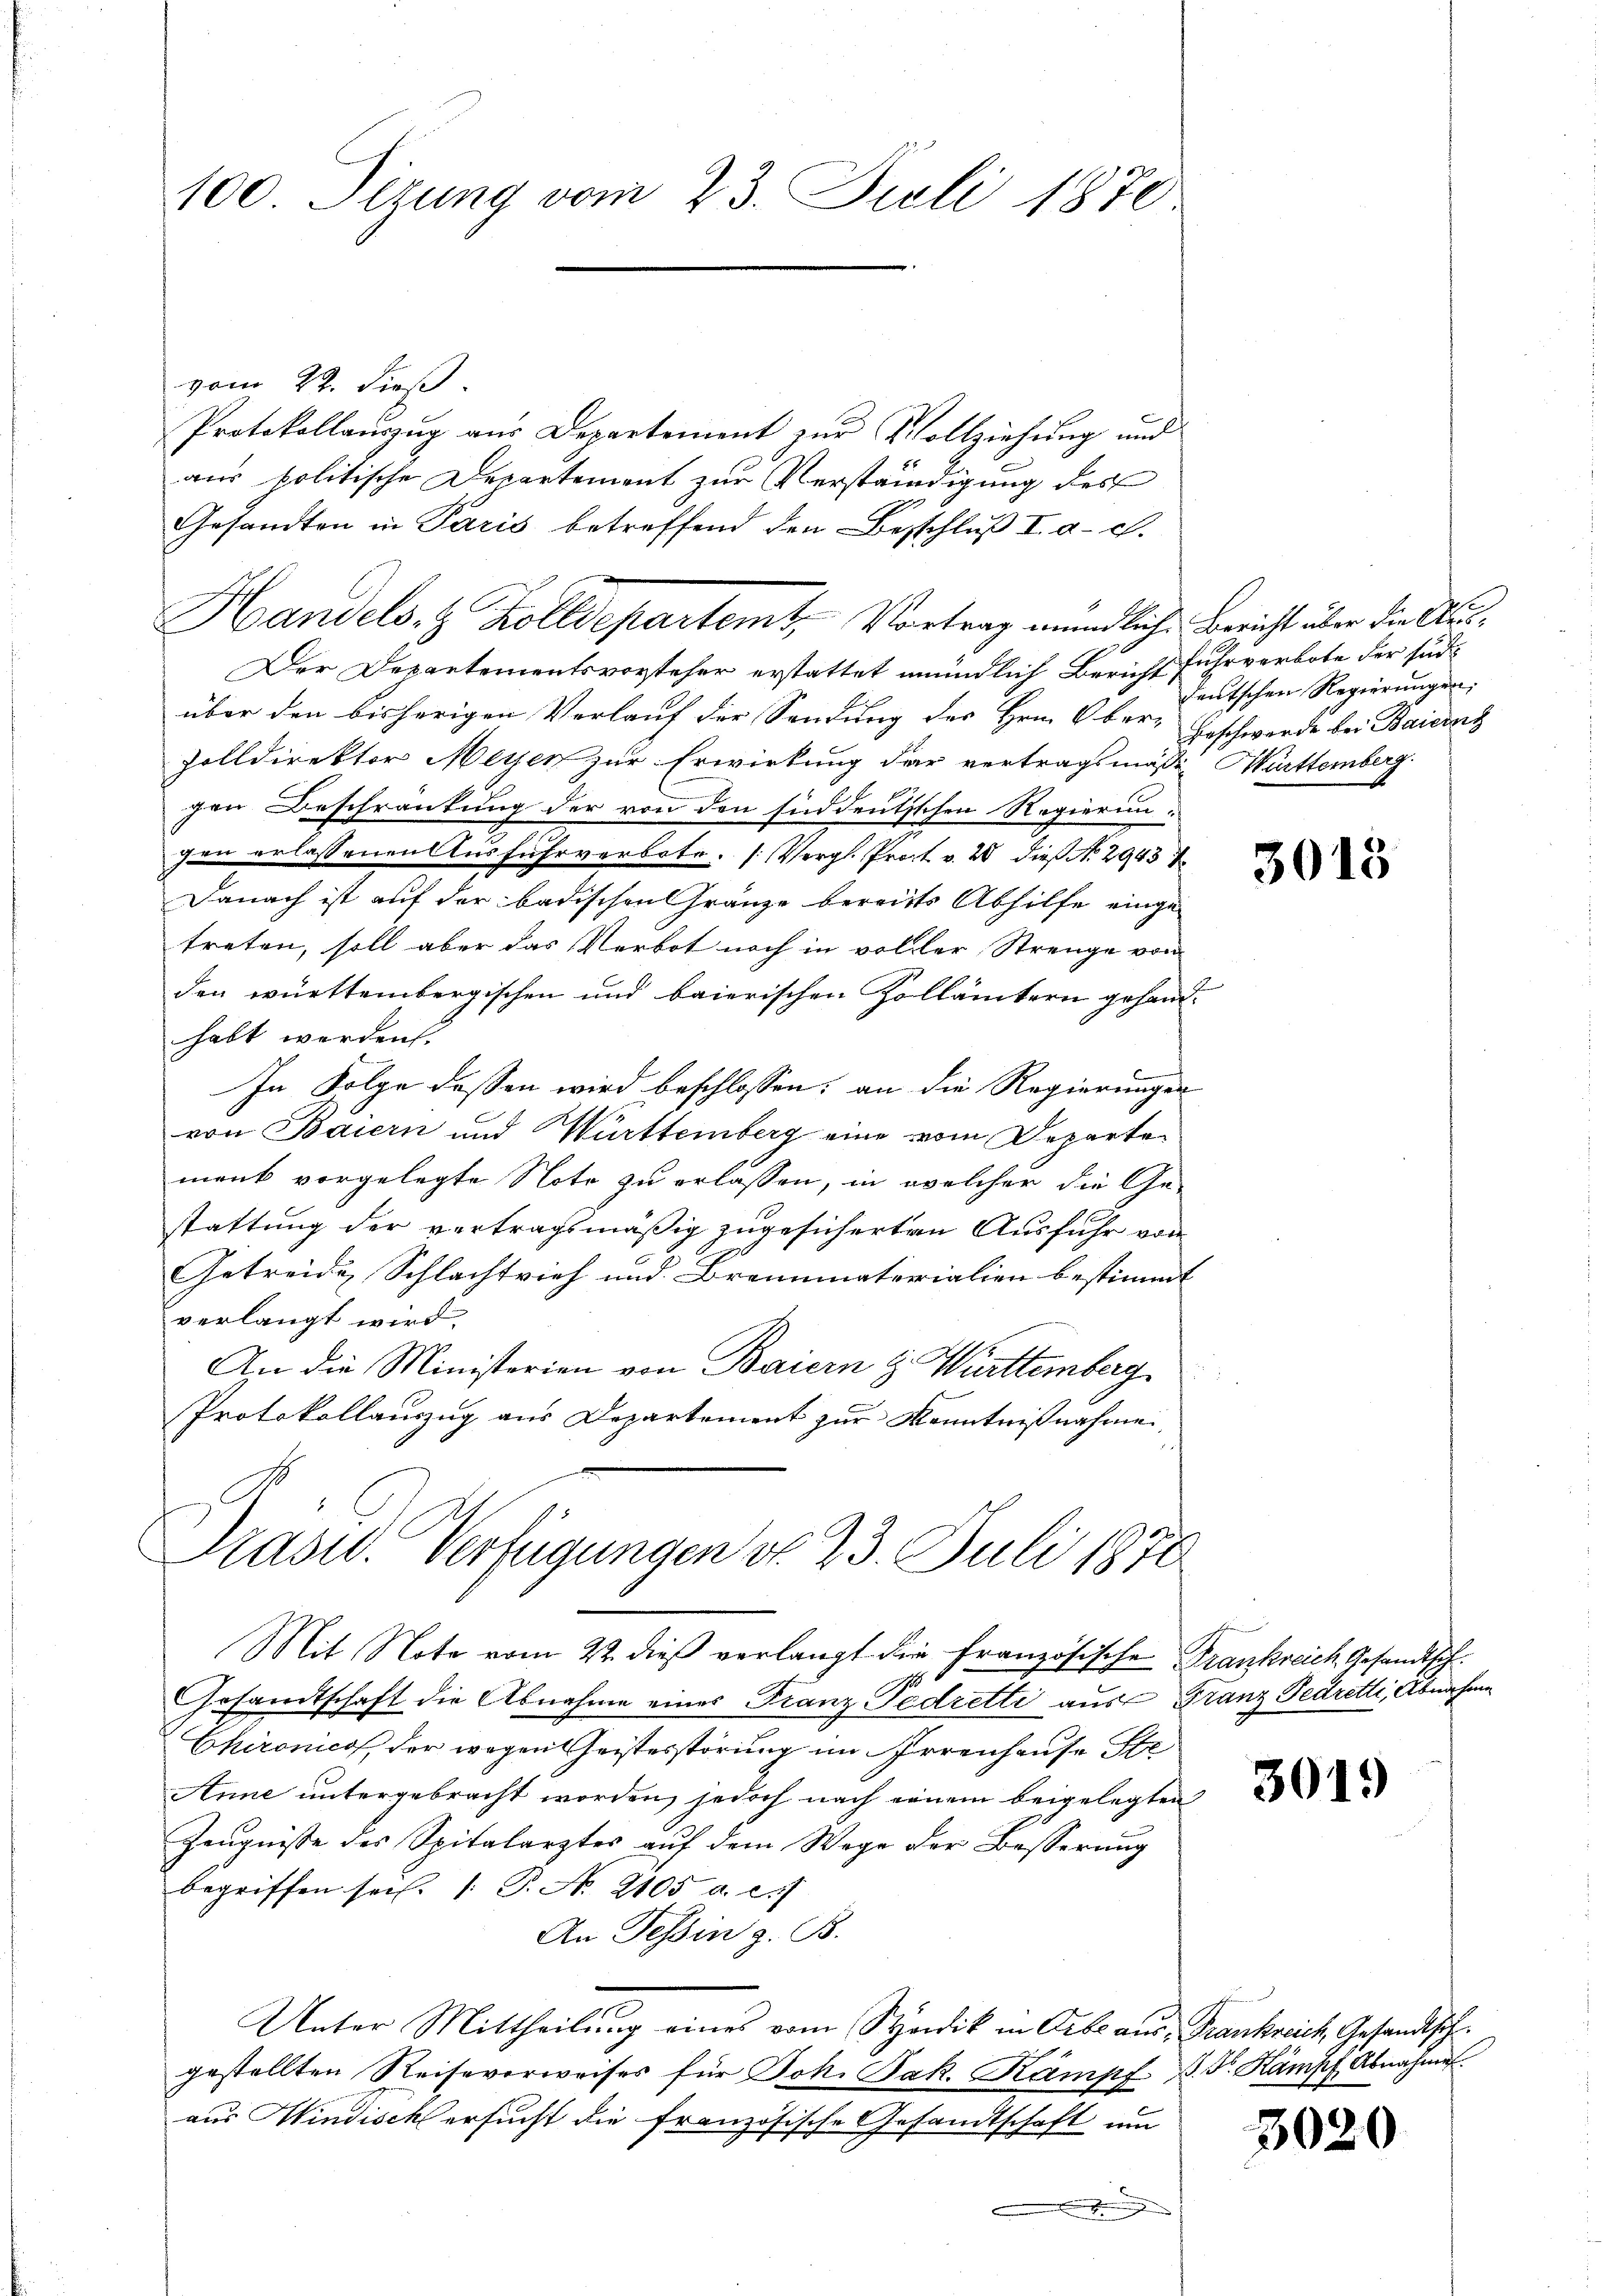
100 Sizung vom 23. Juli 1870

vom 22. dieß.
Protokollauszug aus Departement zur Vollziehung und
aus politische Departement zur Verständigung des
Gesandten in Paris betreffend den Beschluß I. a. c.
Der Departementsvorsteher erstattet mündlich Bericht fuhrverbote der südüber den bisherigen Verlauf der Sendung des Hrn. Ober- Beschwerde bei Baiernz
Zolldirektor Meyer zur Erwirkung der vertragsmäße Württemberg.
gen Beschränkung der von den süddeutischen Regierunzen erlassenen Ausfuhrverbote. (Vergl. Prot. v. 28 dieß No. 2943
Danach ist auf der badischen Franze bereits Abhilfe einge-
treten, soll aber das Verbot noch in voller Strenge von
den württembergischen und baierischen Zollämtern gehandhabt werden.
In Folge dessen wird beschlossen; an die Regierungen
von Baiern und Württemberg eine vom Departe
menk vorgelegte Note zu erlassen, in welcher die Ge-
stattung der vertragsmäßig zugesicherten Ausfuhr von
Getreide Schlachtvieh und Brennmaterialien bestimmt
verlangt wird.
An die Ministerien von Baiern z. Württemberg
Protokollauszug aus Departement zur Kenntnißnahme
Präsid. Verfügungen d. 23. Juli 1870

Mit Note vom 22. dieß verlangt die Französische Frankreich Gesandtsch.

Handels- & Kolldepartemt, Vortrag mündliche Bericht über die Aus¬

Gesandtschaft die Abnahme eines Franz Pedretti aus Franz Fedretti, Abnahme
Chironico, der wegen Geistesstörung im Irrenhause Ste
Anne untergebracht worden, jedoch nach einem beigelegten
Zeugnisse des Spitalarztes auf dem Wege der Besserung
begriffen sei. P. No. 2105 a. c.
An Tessin z. B.
Unter Mittheilung eines vom Syndik in Orbe aus, Frankreich Gesandtsch
gestellten Reiseverweises für Joh. Jak. Kampf. J. J. Kampf Abnahme
aus Hindisch ersucht die französische Gesandtschaft um

deutschen Regierungen:

3015

3019

3020